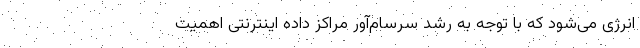
انرژی می‌شود که با توجه به رشد سرسام‌آور مراکز داده اینترنتی اهمیت